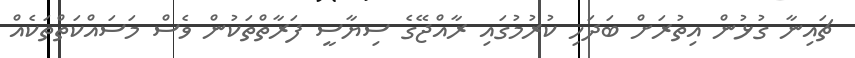
ޗައިނާ ގުޅުން އިތުރަށް ބަދަހި ކުރުމުގައި ރާއްޖޭގެ ސިޔާސީ ފަރާތްތަކުން ވެސް މަސައްކަތްތަކެއް